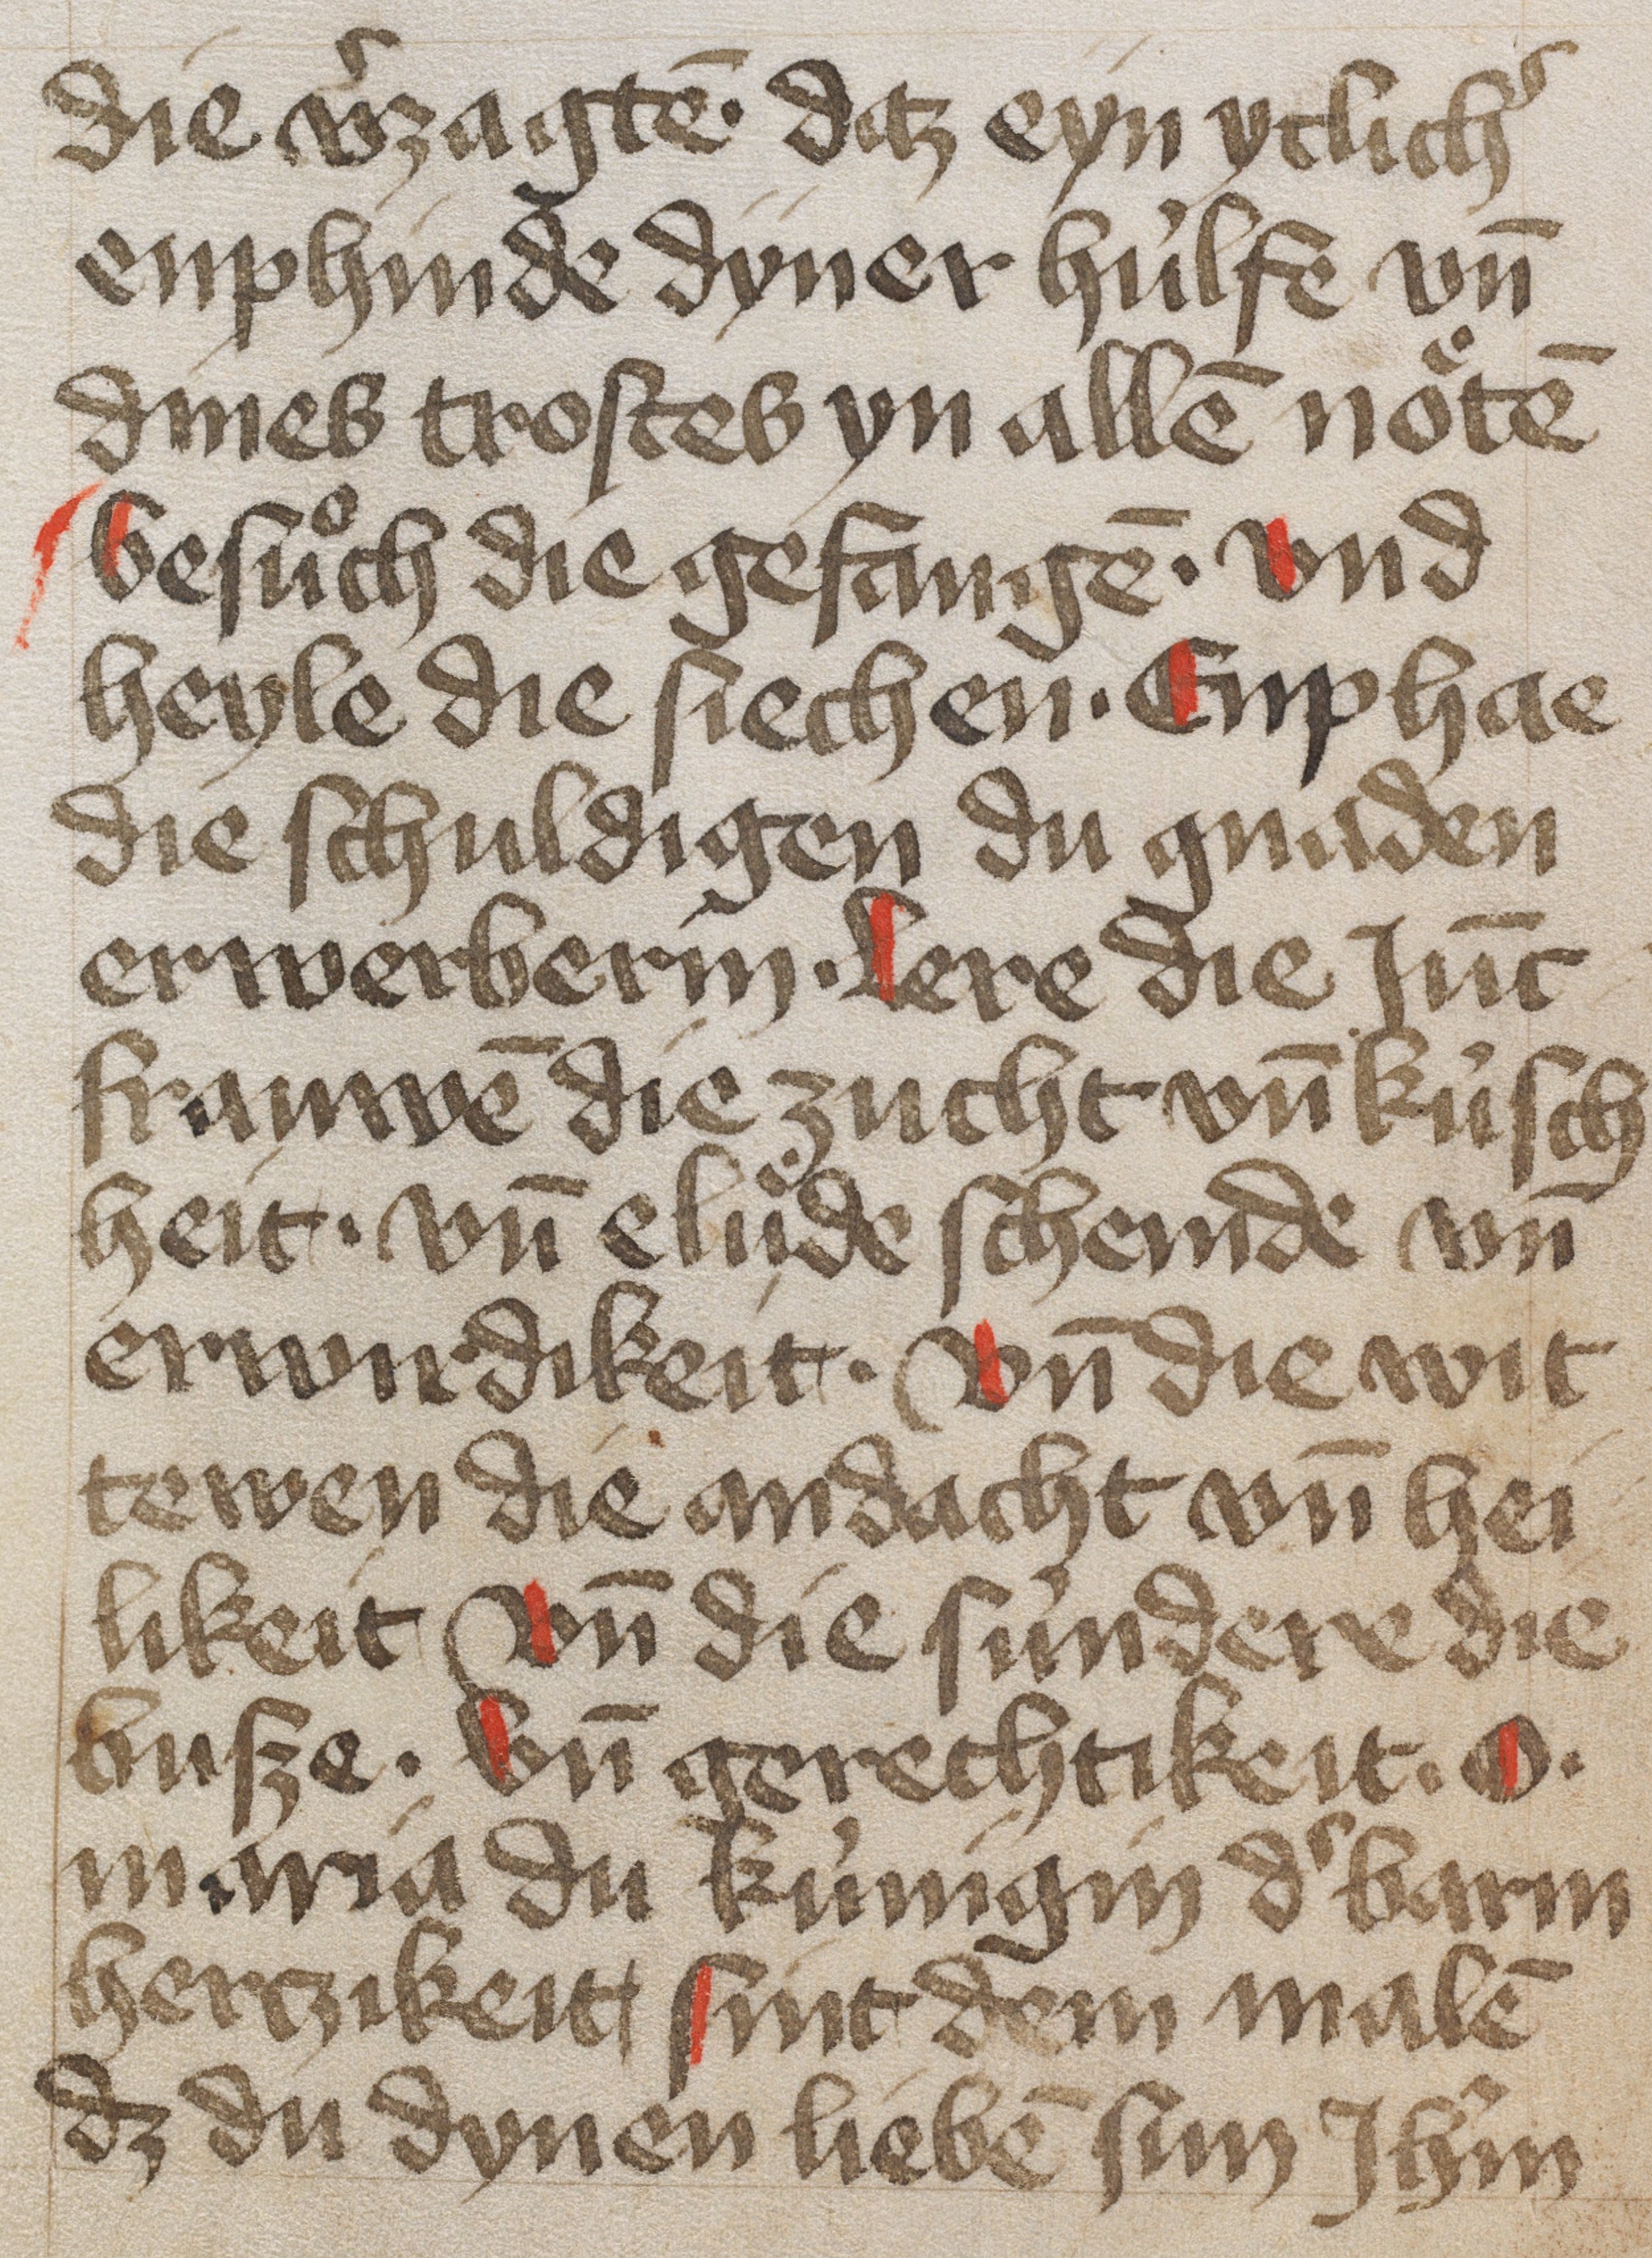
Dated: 1450–1499